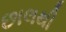
છાલથી